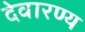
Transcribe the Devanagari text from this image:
देवारण्य